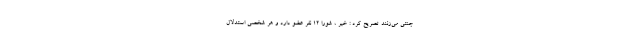
جنتی می‌زنند تصریح کرد : خیر ، شورا ۱۲ نفر عضو دارد و هر شخصی استدلال